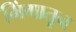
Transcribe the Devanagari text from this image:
भिंगातून